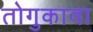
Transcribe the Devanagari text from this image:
तोगुकावा